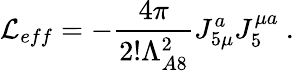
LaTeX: {\cal L}_{eff}=-{\frac{4\pi}{2!\Lambda_{A8}^{2}}}J_{5\mu}^{a}J_{5}^{\mu a}\ .